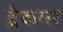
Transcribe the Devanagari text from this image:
ब्लैकमर